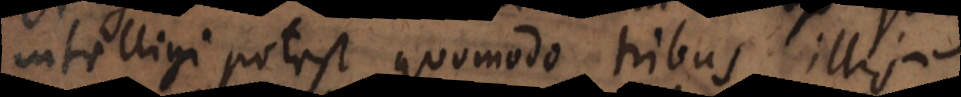
intelligi potest quomodo tribus illis